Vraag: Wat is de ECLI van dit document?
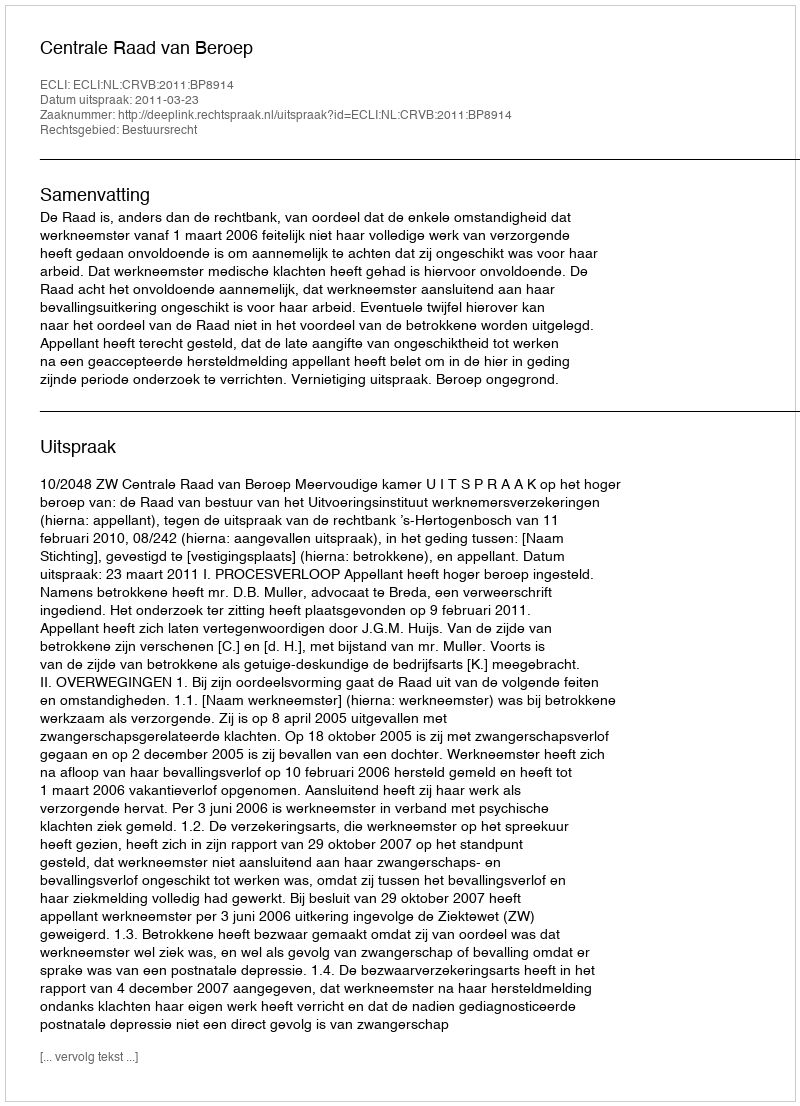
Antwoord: ECLI:NL:CRVB:2011:BP8914